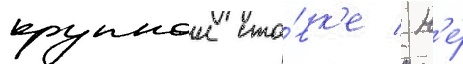
крупнои ста́вк'е / н'е́